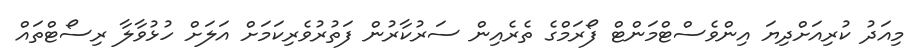
މިއަދު ކުރިއަށްދިޔަ އިންވެސްޓްމަންޓް ފޯރަމްގެ ތެރެއިން ސަރުކާރުން ފަތުރުވެރިކަމަށް އަލަށް ހުޅުވާލާ ރިސޯޓްތައް